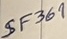
Text: SF369